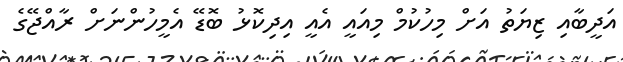
އަދީބާއި ޒިޔަތު އަށް މިހުކުމް މިއައީ އެއީ އިދިކޮޅު ބޮޑޭ އެމީހުންނަށް ރާއްޖޭގެ